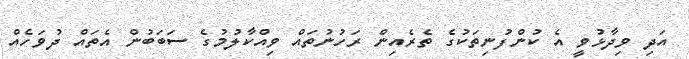
އަދި ވިދާޅުވީ އެ ކުންފުނިތަކުގެ ތެރެއިން ރަހުނުތައް ވިއްކާލުމުގެ ސަބަބުން އެތައް ދުވަހެއް